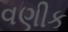
વણીક